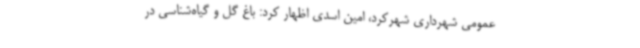
عمومی شهرداری شهرکرد، امین اسدی اظهار کرد: باغ گل‌ و ‌گیاه‌شناسی در